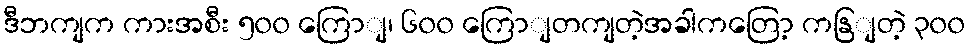
ဒီဘကျက ကားအစီး ၅၀၀ ကြောျ၊ ၆၀၀ ကြောျတကျတဲ့အခါကတြော့ ကနြျတဲ့ ၃၀၀